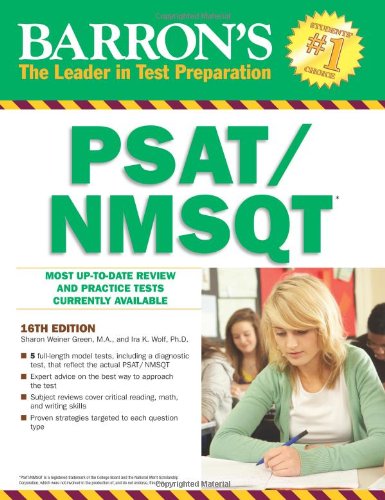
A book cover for Barron's PSAT/NMSQT, 16th Edition; Sharon Weiner Green M.A.; Test Preparation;